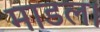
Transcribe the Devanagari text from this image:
माडल।